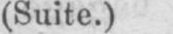
(Suite.)